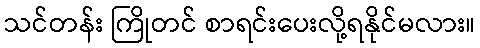
သင်တန်း ကြိုတင် စာရင်းပေးလို့ရနိုင်မလား။